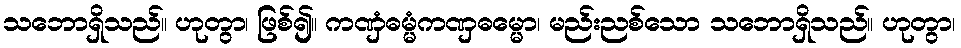
သဘောရှိသည်။ ဟုတွာ၊ ဖြစ်၍။ ကဏှံဓမ္မံကဏှဓမ္မော၊ မည်းညစ်သော သဘောရှိသည်။ ဟုတွာ၊